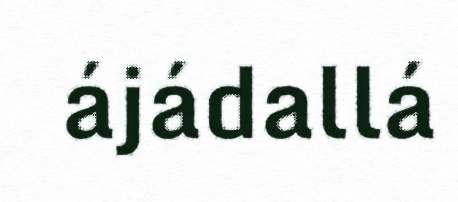
ájádallá